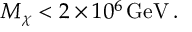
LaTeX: M _ { \chi } < 2 \times 1 0 ^ { 6 } \, \mathrm { G e V } \, .